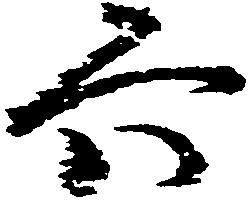
六